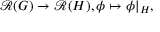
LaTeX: { \mathcal { R } } ( G ) \to { \mathcal { R } } ( H ) , \phi \mapsto \phi | _ { H } ,